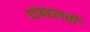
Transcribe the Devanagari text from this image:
यांबद्दलची